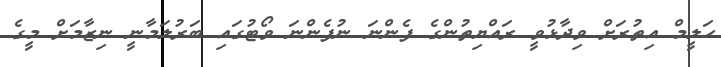
ޙަލީމް އިތުރަށް ވިދާޅުވީ ރައްޔިތުންގެ ފެންނަ ނުފެންނަ ވޯޓުގައި ބަރުލަމާނީ ނިޒާމަށް މީގެ